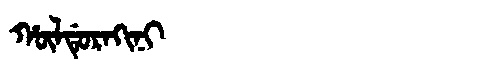
Manchu: ᡥᡡᠯᡩᡠᡵᠠᡴᡳᠨᡳ
Romanization: HŪLDURAKINI